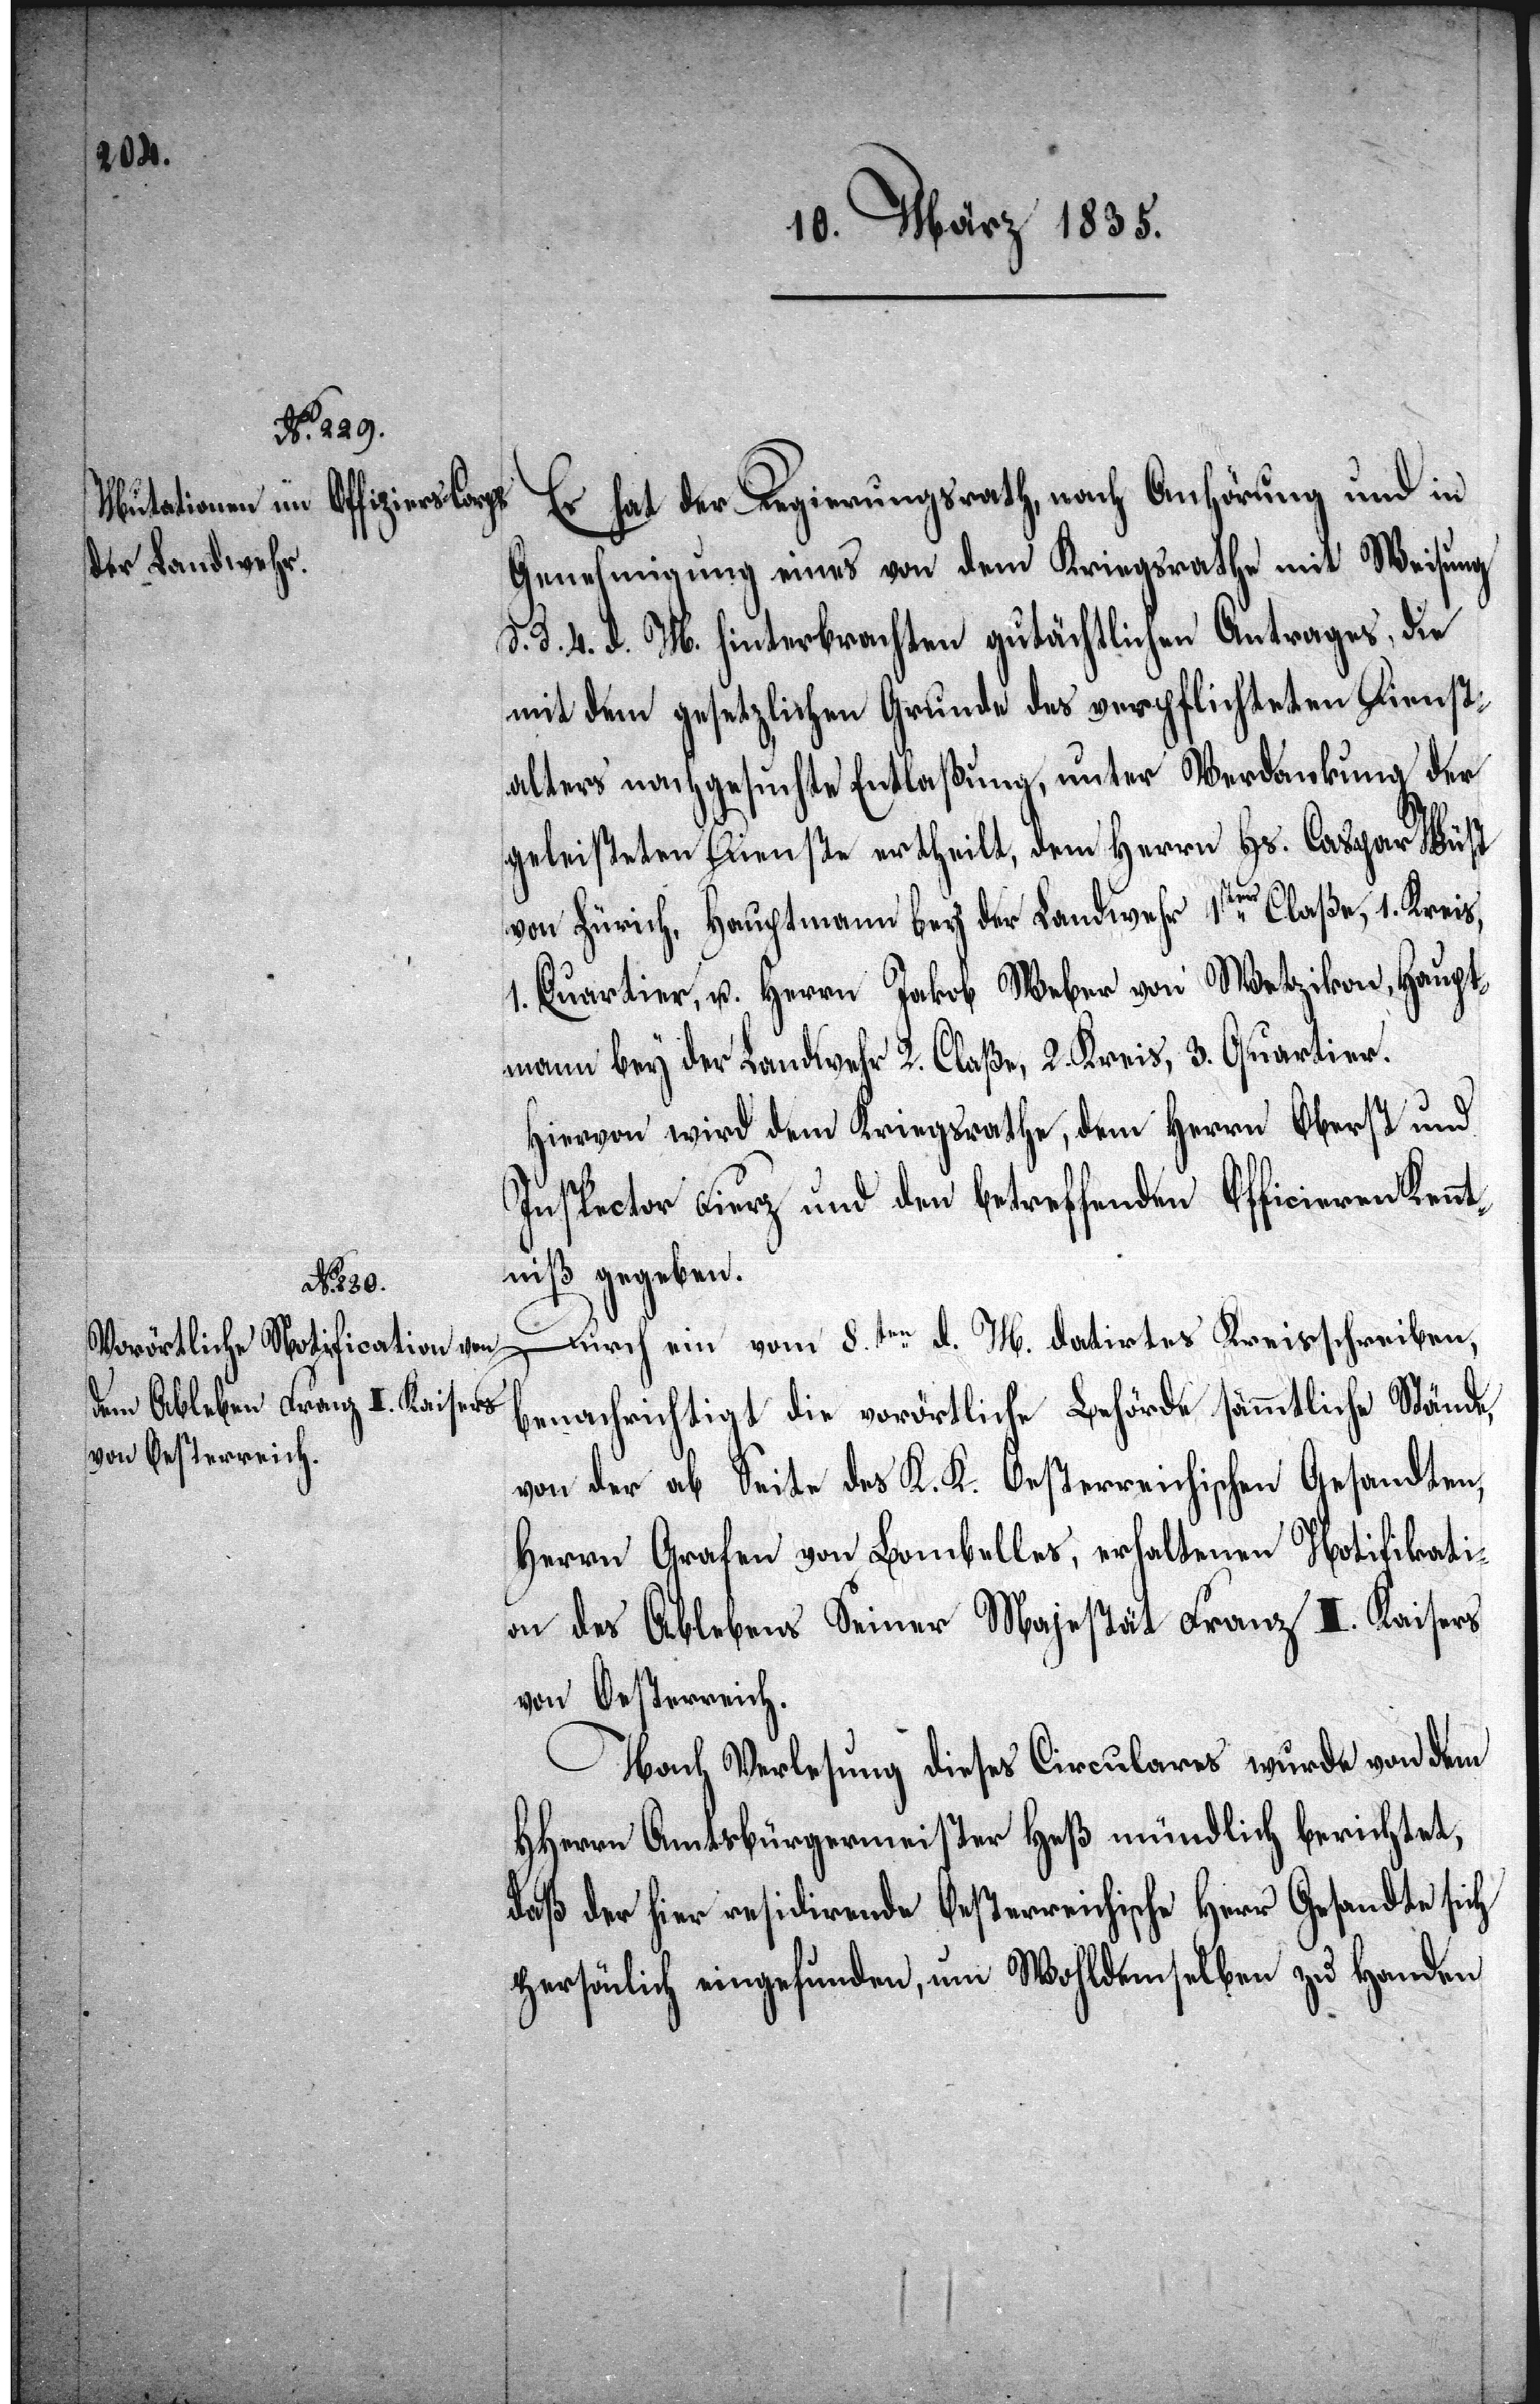
Es hat der Regierungsrath, nach Anhörung und in
Genehmigung eines von dem Kriegsrathe mit Weisung
d. d. 4. d. M. hinterbrachten gutächtlichen Antrages, die
mit dem gesetzlichen Grunde des verpflichteten Dienst¬
alters nachgesuchte Entlaßung, unter Verdankung der
geleisteten Dienste ertheilt, dem Herrn Hs. Caspar Wüst
von Zürich, Hauptmann bey der Landwehr 1sten Claße, 1. Kreis,
1. Quartier, u. Herrn Jakob Weber von Wetzikon, Haupt¬
mann bey der Landwehr 2. Claße, 2. Kreis, 3. Quartier.
Hiervon wird dem Kriegsrathe, dem Herrn Oberst und
Inspector Fierz und den betreffenden Officieren Kennt¬
niß gegeben.
Durch ein vom 8.ten d. M. datirtes Kreisschreiben,
benachrichtigt die vorörtliche Behörde sämmtliche Stände,
von der ab Seite des K. K. Oesterreichischen Gesandten,
Herrn Grafen von Lombelles, erhaltenen Notifikati¬
on des Ablebens Seiner Majestät Franz I. Kaiser
von Oesterreich.
Nach Verlesung dieses Circulares wurde von dem
HHerren Amtsbürgermeister Heß mündlich berichtet,
daß der hier residirende Oesterreichische Herr Gesandte sich
persönlich eingefunden, um Wohldemselben zu Handen